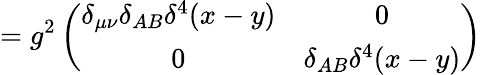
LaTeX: =g^{2}\left(\begin{array}{cc}{{\delta_{\mu\nu}\delta_{AB}\delta^{4}(x-y)}}&{{0}}\\ {{0}}&{{\delta_{AB}\delta^{4}(x-y)}}\end{array}\right)